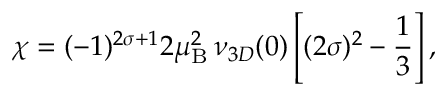
\chi = ( - 1 ) ^ { 2 \sigma + 1 } 2 \mu _ { \mathrm { B } } ^ { 2 } \, \nu _ { 3 D } ( 0 ) \left[ ( 2 \sigma ) ^ { 2 } - \frac { 1 } { 3 } \right] ,